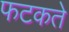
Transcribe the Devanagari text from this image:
फटकते